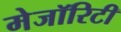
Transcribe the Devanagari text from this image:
मेजॉरिटी